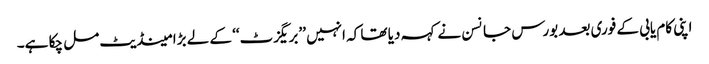
اپنی کام یابی کے فوری بعد بورس جانسن نے کہہ دیا تھا کہ انہیں ’’بریگزٹ‘‘ کے لے بڑا مینڈیٹ مل چکا ہے۔